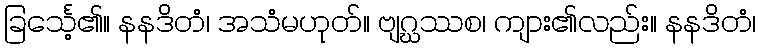
ခြင်္သေ့၏။ နနဒိတံ၊ အသံမဟုတ်။ ဗျဂ္ဃဿစ၊ ကျား၏လည်း။ နနဒိတံ၊